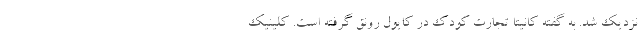
نزدیک شد. به گفته کانیتا تجارت کودک در کایول رونق گرفته است. کلینیک